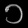
Digit: ၁